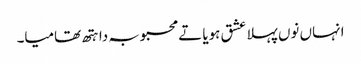
انہاں نوں پہلا عشق ہویا تے محبوبہ دا ہتھ تھامیا۔